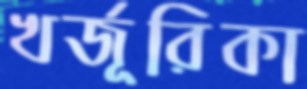
খর্জূরিকা